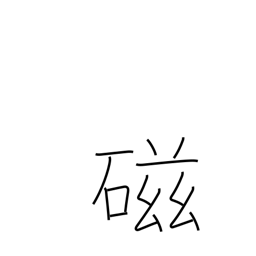
Meaning: porcelain